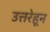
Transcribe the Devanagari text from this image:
उत्तरेहून